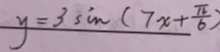
y = 3 \sin ( 7 x + \frac { \pi } { 6 } )